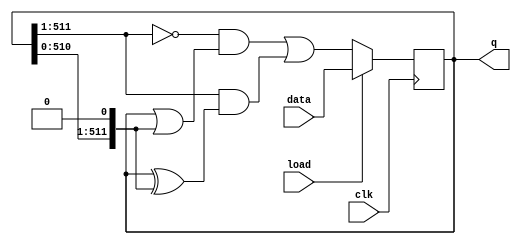
module top_module(
    input clk,
    input load,
    input [511:0] data,
    output reg [511:0] q
); 
    wire [511:0] left, right;
    assign left  = {1'b0, q[511:1]};
    assign right = {q[510:0], 1'b0};
    always @(posedge clk) begin
        if (load)
            q <= data;
        else begin
            q <= ~left&(q|right) | left&(q^right);
        end
    end
endmodule